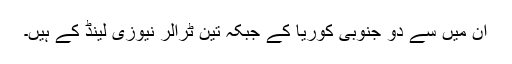
ان میں سے دو جنوبی کوریا کے جبکہ تین ٹرالر نیوزی لینڈ کے ہیں۔